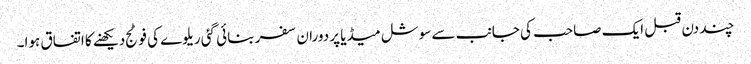
چند دن قبل ایک صاحب کی جانب سے سوشل میڈیا پر دوران سفر بنائی گئی ریلوے کی فوٹج دیکھنے کا اتفاق ہوا۔